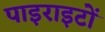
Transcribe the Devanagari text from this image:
पाइराइटों